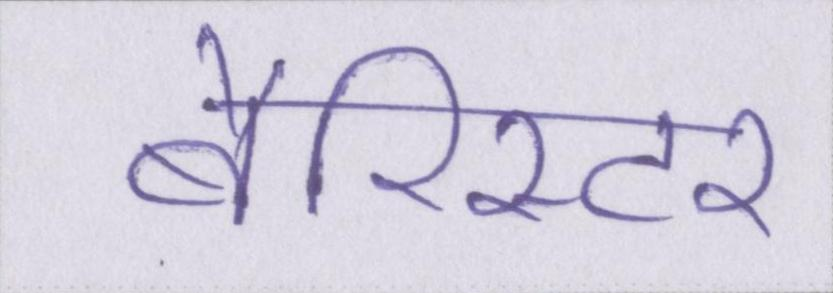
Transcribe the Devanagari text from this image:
बैरिस्टर